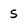
Character: s